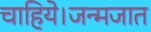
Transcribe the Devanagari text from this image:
चाहिये।जन्मजात